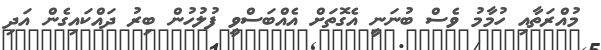
މުއްރަތާއި ހުމާމު ވެސް ބުނަނީ އެގޮތަށް އެއްބަސްވީ ފުލުހުން ބިރު ދައްކައިގެން އަދި